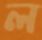
ল